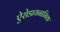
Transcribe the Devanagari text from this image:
ऐरोडायनामिक